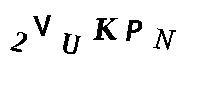
2VUKPN